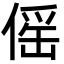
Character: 傜